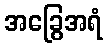
အခြွေအရံ